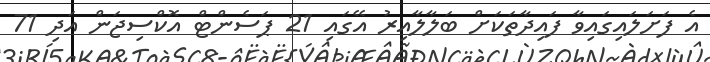
އެ ފަށަލައިގައިވާ ފައިދާތަކަށް ބަލާލާއިރު އޭގައި 21 ޕަސެންޓް އޮކްސިޖަން އަދި 71